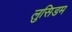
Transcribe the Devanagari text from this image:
लुसिडम